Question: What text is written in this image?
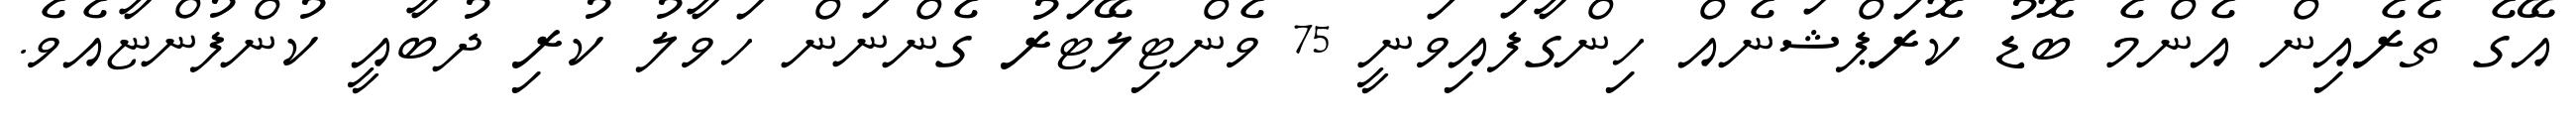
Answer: އޭގެ ތެރެއިން އެންމެ ބޮޑު ކޮރަޕްޝަނެއް ހިންގާފައިވަނީ 75 ވެންޓިލޭޓަރު ގެންނަން ހަވާލު ކުރި ދުބާއީ ކުންފުންޏާއެވެ.